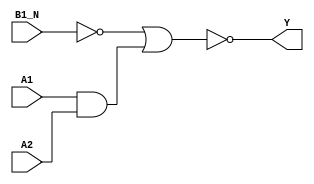
module sky130_fd_sc_hd__a21boi (
    Y   ,
    A1  ,
    A2  ,
    B1_N
);

    // Module ports
    output Y   ;
    input  A1  ;
    input  A2  ;
    input  B1_N;

    // Module supplies
    supply1 VPWR;
    supply0 VGND;
    supply1 VPB ;
    supply0 VNB ;

    // Local signals
    wire b         ;
    wire and0_out  ;
    wire nor0_out_Y;

    //  Name  Output      Other arguments
    not not0 (b         , B1_N           );
    and and0 (and0_out  , A1, A2         );
    nor nor0 (nor0_out_Y, b, and0_out    );
    buf buf0 (Y         , nor0_out_Y     );

endmodule